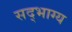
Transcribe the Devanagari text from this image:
सद्‌भाग्य